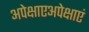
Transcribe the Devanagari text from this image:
अपेक्षाएअपेक्षाएं